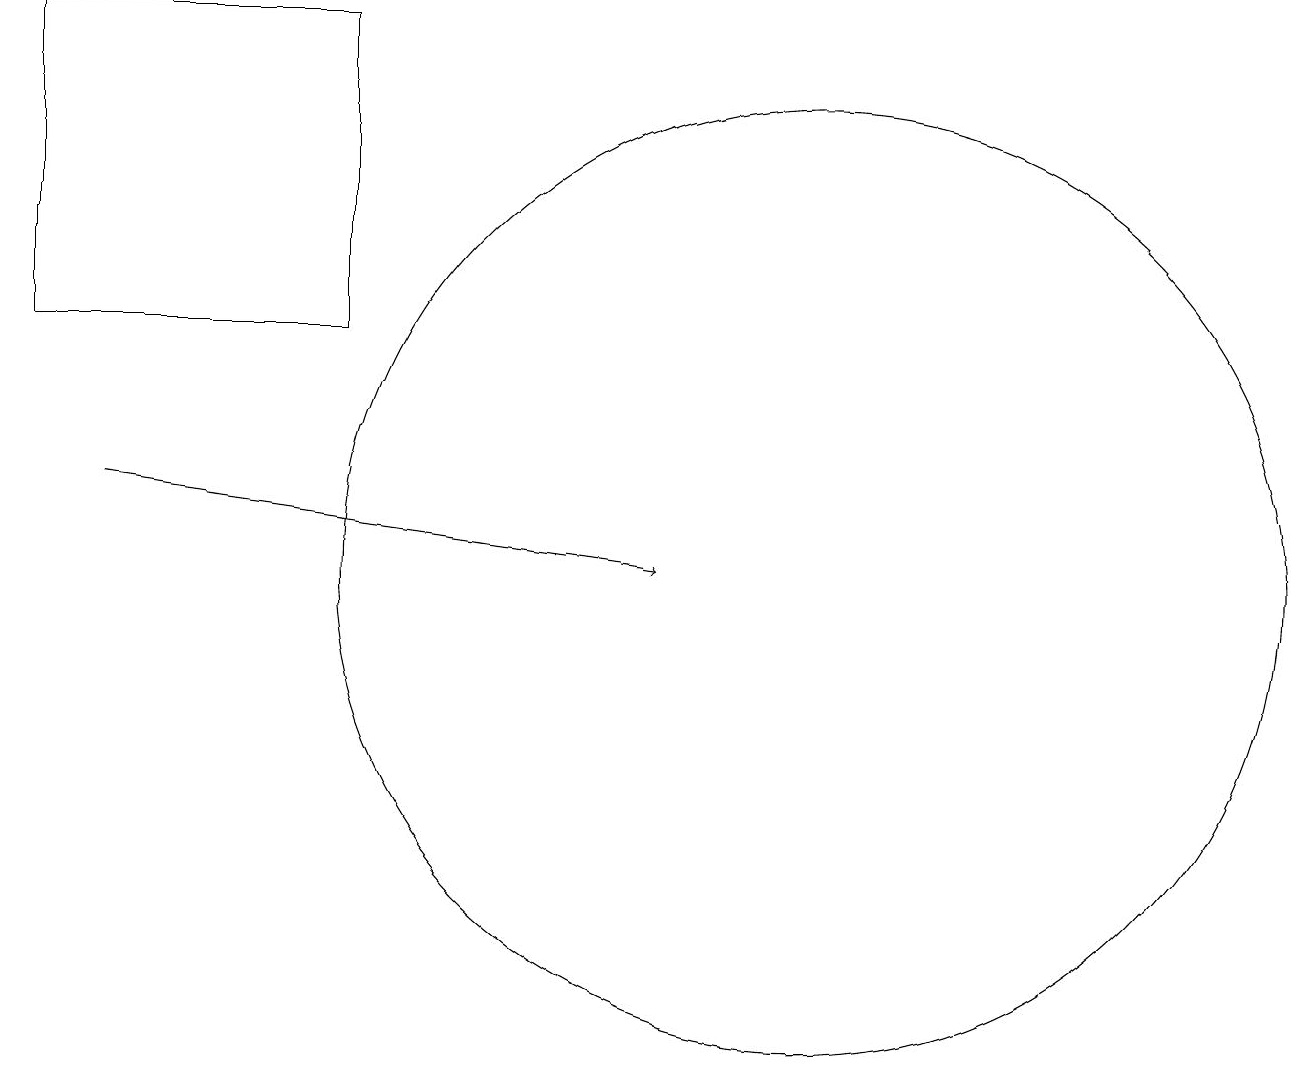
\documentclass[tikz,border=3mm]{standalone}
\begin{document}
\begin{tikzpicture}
\draw (10,11) circle (6);
\draw[->] (1,12) -- (8,11);
\draw (4,14) rectangle (0,18);
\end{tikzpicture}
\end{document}